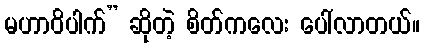
မဟာဝိပါက်” ဆိုတဲ့ စိတ်ကလေး ပေါ်လာတယ်။